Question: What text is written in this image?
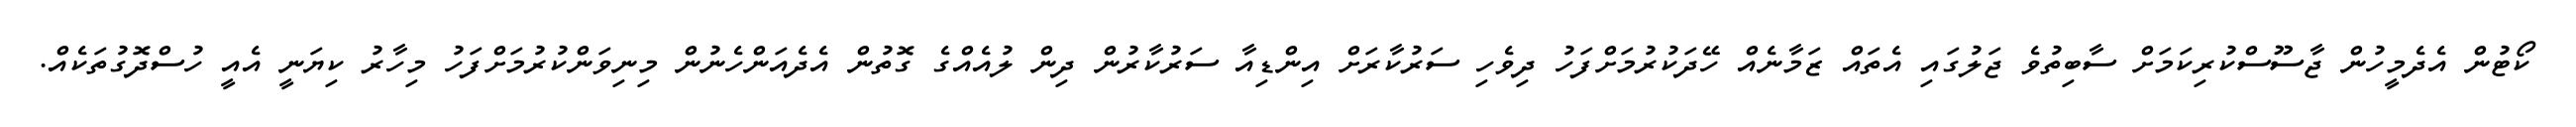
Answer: ކޯޓުން އެދެމީހުން ޖާސޫސްކުރިކަމަށް ސާބިތުވެ ޖަލުގައި އެތައް ޒަމާނެއް ހޭދަކުރުމަށްފަހު ދިވެހި ސަރުކާރަށް އިންޑިއާ ސަރުކާރުން ދިން ލުއެއްގެ ގޮތުން އެދެއަންހެނުން މިނިވަންކުރުމަށްފަހު މިހާރު ކިޔަނީ އެއީ ހުސްދޮގުތަކެއް.